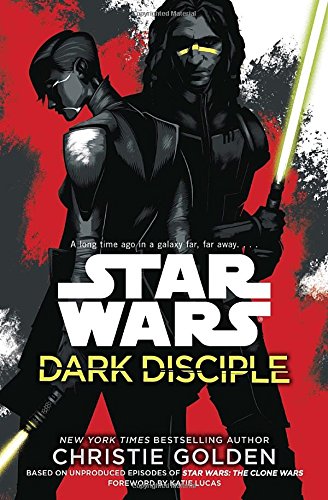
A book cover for Star Wars: Dark Disciple; Christie Golden; Science Fiction & Fantasy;